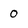
Character: 0